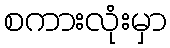
စကားလုံးမှာ